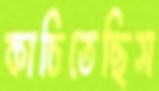
কাচিতেছিস